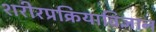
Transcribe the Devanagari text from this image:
शरीरप्रक्रियाविज्ञान